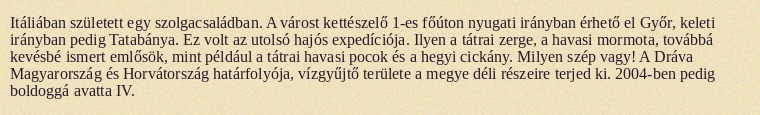
Itáliában született egy szolgacsaládban. A várost kettészelő 1-es főúton nyugati irányban érhető el Győr, keleti irányban pedig Tatabánya. Ez volt az utolsó hajós expedíciója. Ilyen a tátrai zerge, a havasi mormota, továbbá kevésbé ismert emlősök, mint például a tátrai havasi pocok és a hegyi cickány. Milyen szép vagy! A Dráva Magyarország és Horvátország határfolyója, vízgyűjtő területe a megye déli részeire terjed ki. 2004-ben pedig boldoggá avatta IV.